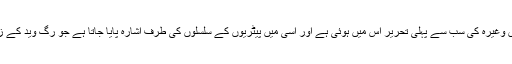
پران، اتہاس اور مذہبی نظموں وغیرہ کی سب سے پہلی تحریر اس میں ہوئی ہے اور اسی میں پیٹریوں کے سلسلوں کی طرف اشارہ پایا جاتا ہے جو رگ وید کے زمانہ سے بھی زیادہ قدیم ہیں۔